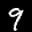
Label: 9